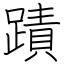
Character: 蹟